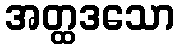
အတ္ထဒသော